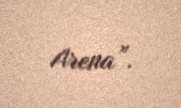
Arena”.